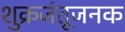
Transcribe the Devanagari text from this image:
शुक्रजंतूजनक